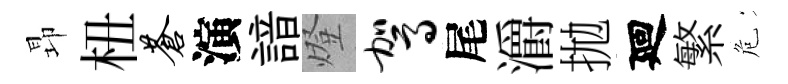
昻杻苍演諳燈驾尾灂拋廻繁危